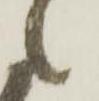
候